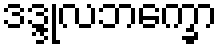
ဒဒ္ဒုလဘက္ခော